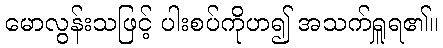
မောလွန်းသဖြင့် ပါးစပ်ကိုဟ၍ အသက်ရှူရ၏။